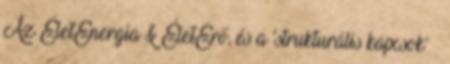
Az ÉletEnergia & ÉletErő, és a 'strukturális kapcsok'